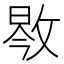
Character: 𱡝